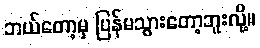
ဘယ်တော့မှ ပြန်မသွားတော့ဘူးလို့။